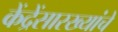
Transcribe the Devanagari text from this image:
केंद्रेंसारख्यांचे